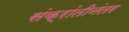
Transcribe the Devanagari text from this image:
संक्रांतीनंतर